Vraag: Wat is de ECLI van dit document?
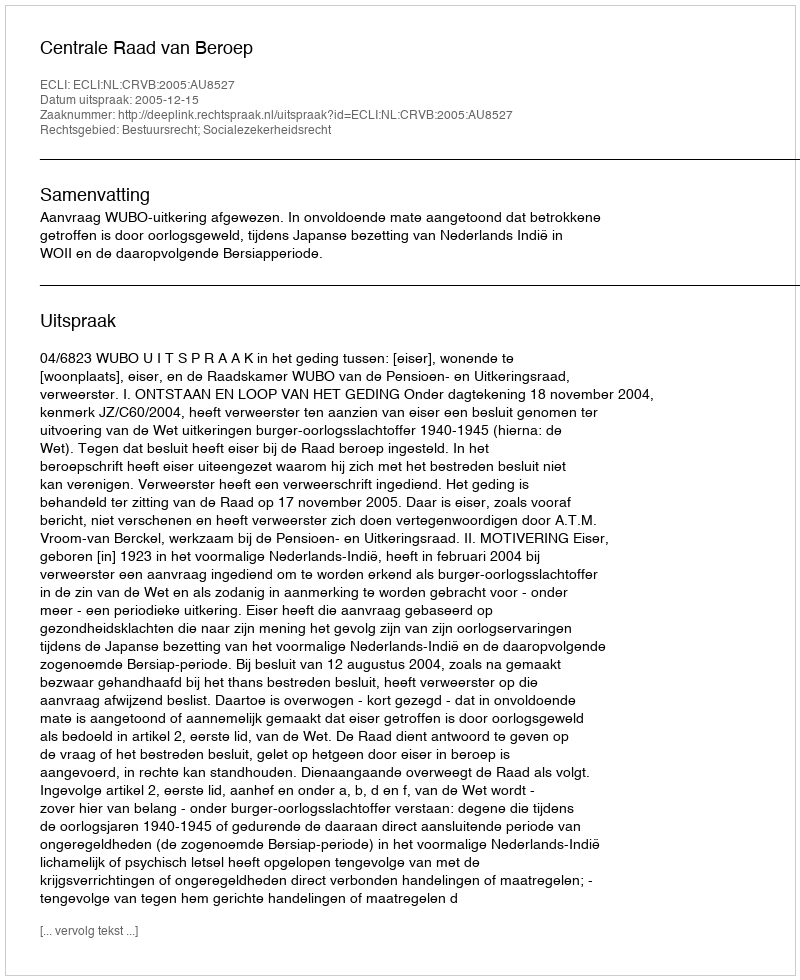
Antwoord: ECLI:NL:CRVB:2005:AU8527